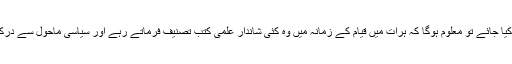
اگر غور کیا جائے تو معلوم ہوگا کہ ہرات میں قیام کے زمانہ میں وہ کئی شاندار علمی کتب تصنیف فرماتے رہے اور سیاسی ماحول سے درکنار رہے۔